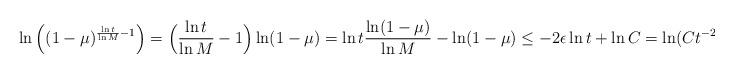
LaTeX: \begin{align*} \ln \Big((1-\mu)^{\frac{\ln t}{\ln M}-1} \Big) = \Big( \frac{\ln t}{\ln M}-1 \Big) \ln(1-\mu) = \ln t \frac{\ln(1-\mu)}{\ln M} - \ln(1-\mu)\leq -2\epsilon\ln t+\ln C = \ln (C t^{-2\epsilon})\,.\end{align*}